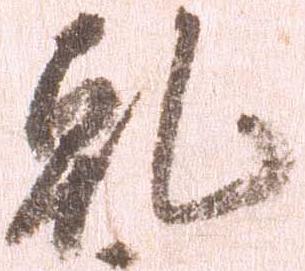
乾